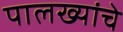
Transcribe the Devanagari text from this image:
पालख्यांचे